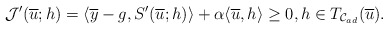
\begin{align*}\mathcal{J}'(\overline{u};h)= \langle \overline{y}-g, S'(\overline{u};h)\rangle + \alpha \langle \overline{u},h\rangle \ge 0, h\in T_{\mathcal{C}_{ad}}(\overline{u}).\end{align*}